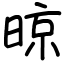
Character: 晾